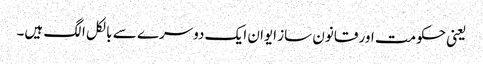
یعنی حکومت اور قانون ساز ایوان ایک دوسرے سے بالکل الگ ہیں۔